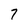
Character: 7